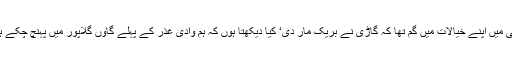
ابھی میں اپنے خیالات میں گم تھا کہ گاڑی نے بریک مار دی‘ کیا دیکھتا ہوں کہ ہم وادی غذر کے پہلے گاوں گلاپور میں پہنچ چکے ہیں۔